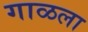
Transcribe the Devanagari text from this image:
गाळला